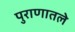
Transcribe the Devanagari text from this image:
पुराणातले